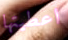
اعطيتها